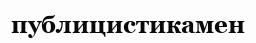
публицистикамен